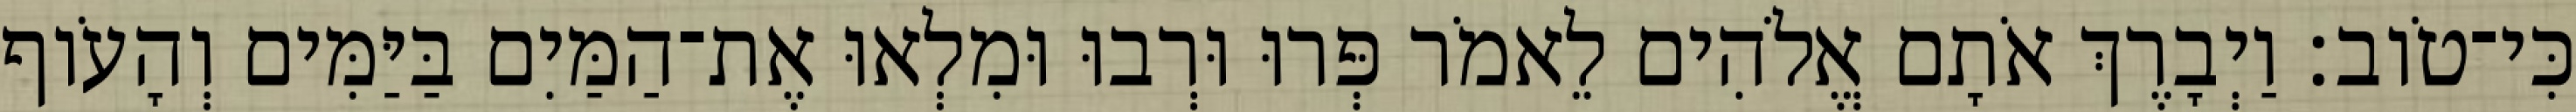
כִּי־טֹוב׃ וַיְבָרֶךְ אֹתָם אֱלֹהִים לֵאמֹר פְּרוּ וּרְבוּ וּמִלְאוּ אֶת־הַמַּיִם בַּיַּמִּים וְהָעֹוף